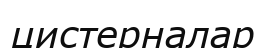
цистерналар